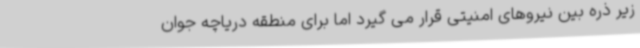
زیر ذره بین نیروهای امنیتی قرار می گیرد اما برای منطقه دریاچه جوان